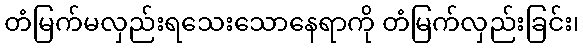
တံမြက်မလှည်းရသေးသောနေရာကို တံမြက်လှည်းခြင်း၊